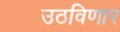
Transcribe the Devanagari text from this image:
उठविणार